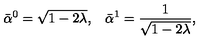
\bar { \alpha } ^ { 0 } = \sqrt { 1 - 2 \lambda } { , } \quad \bar { \alpha } ^ { 1 } = \frac { 1 } { \sqrt { 1 - 2 \lambda } } { , }